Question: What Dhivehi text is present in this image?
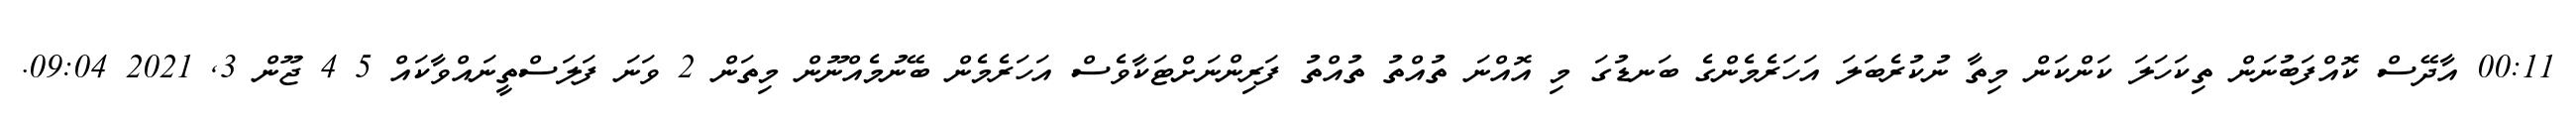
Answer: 00:11 އާދޭސް ކޮއްފަބުނަން ތިކަހަލަ ކަންކަން މިތާ ނުކުރެބަލަ އަހަރެމެންގެ ބަނޑުގަ މި އޮއްނަ ތުއްތު ތުއްތު ފަރިންނަށްޓަކާވެސް އަހަރެމެން ބޭނުމެއްނޫން މިތަން 2 ވަނަ ފަލަސްތީނައްވާކައް 5 4 ޖޫން 3, 2021 09:04.